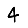
Digit: 4